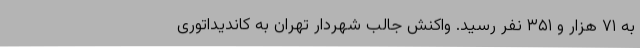
به ۷۱ هزار و ۳۵۱ نفر رسید. واکنش جالب شهردار تهران به کاندیداتوری